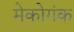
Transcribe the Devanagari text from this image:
मेकोगंक